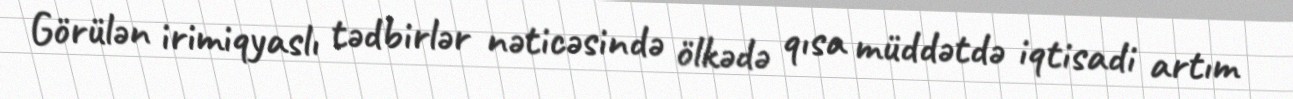
Görülən irimiqyaslı tədbirlər nəticəsində ölkədə qısa müddətdə iqtisadi artım